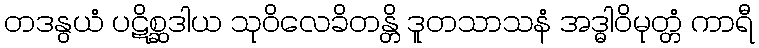
တဒနွယံ ပဋိစ္ဆဒါယ သုဝိလေခိတန္တိ ဒူတသာသနံ အဒ္ဓါဝိမုတ္တံ ကာရီ